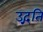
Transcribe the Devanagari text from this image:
उद्गति